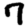
Digit: 7